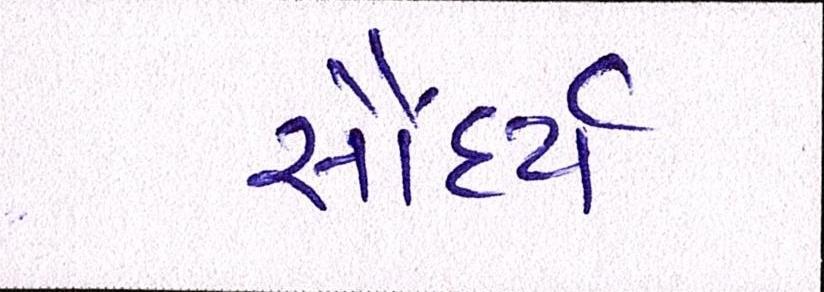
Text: સૌંદર્ય